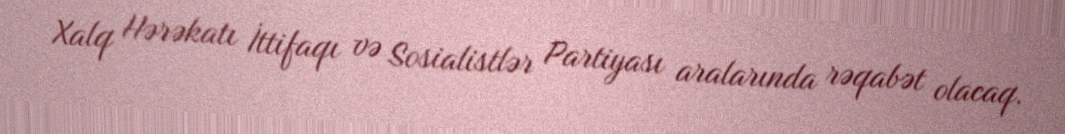
Xalq Hərəkatı İttifaqı və Sosialistlər Partiyası aralarında rəqabət olacaq.